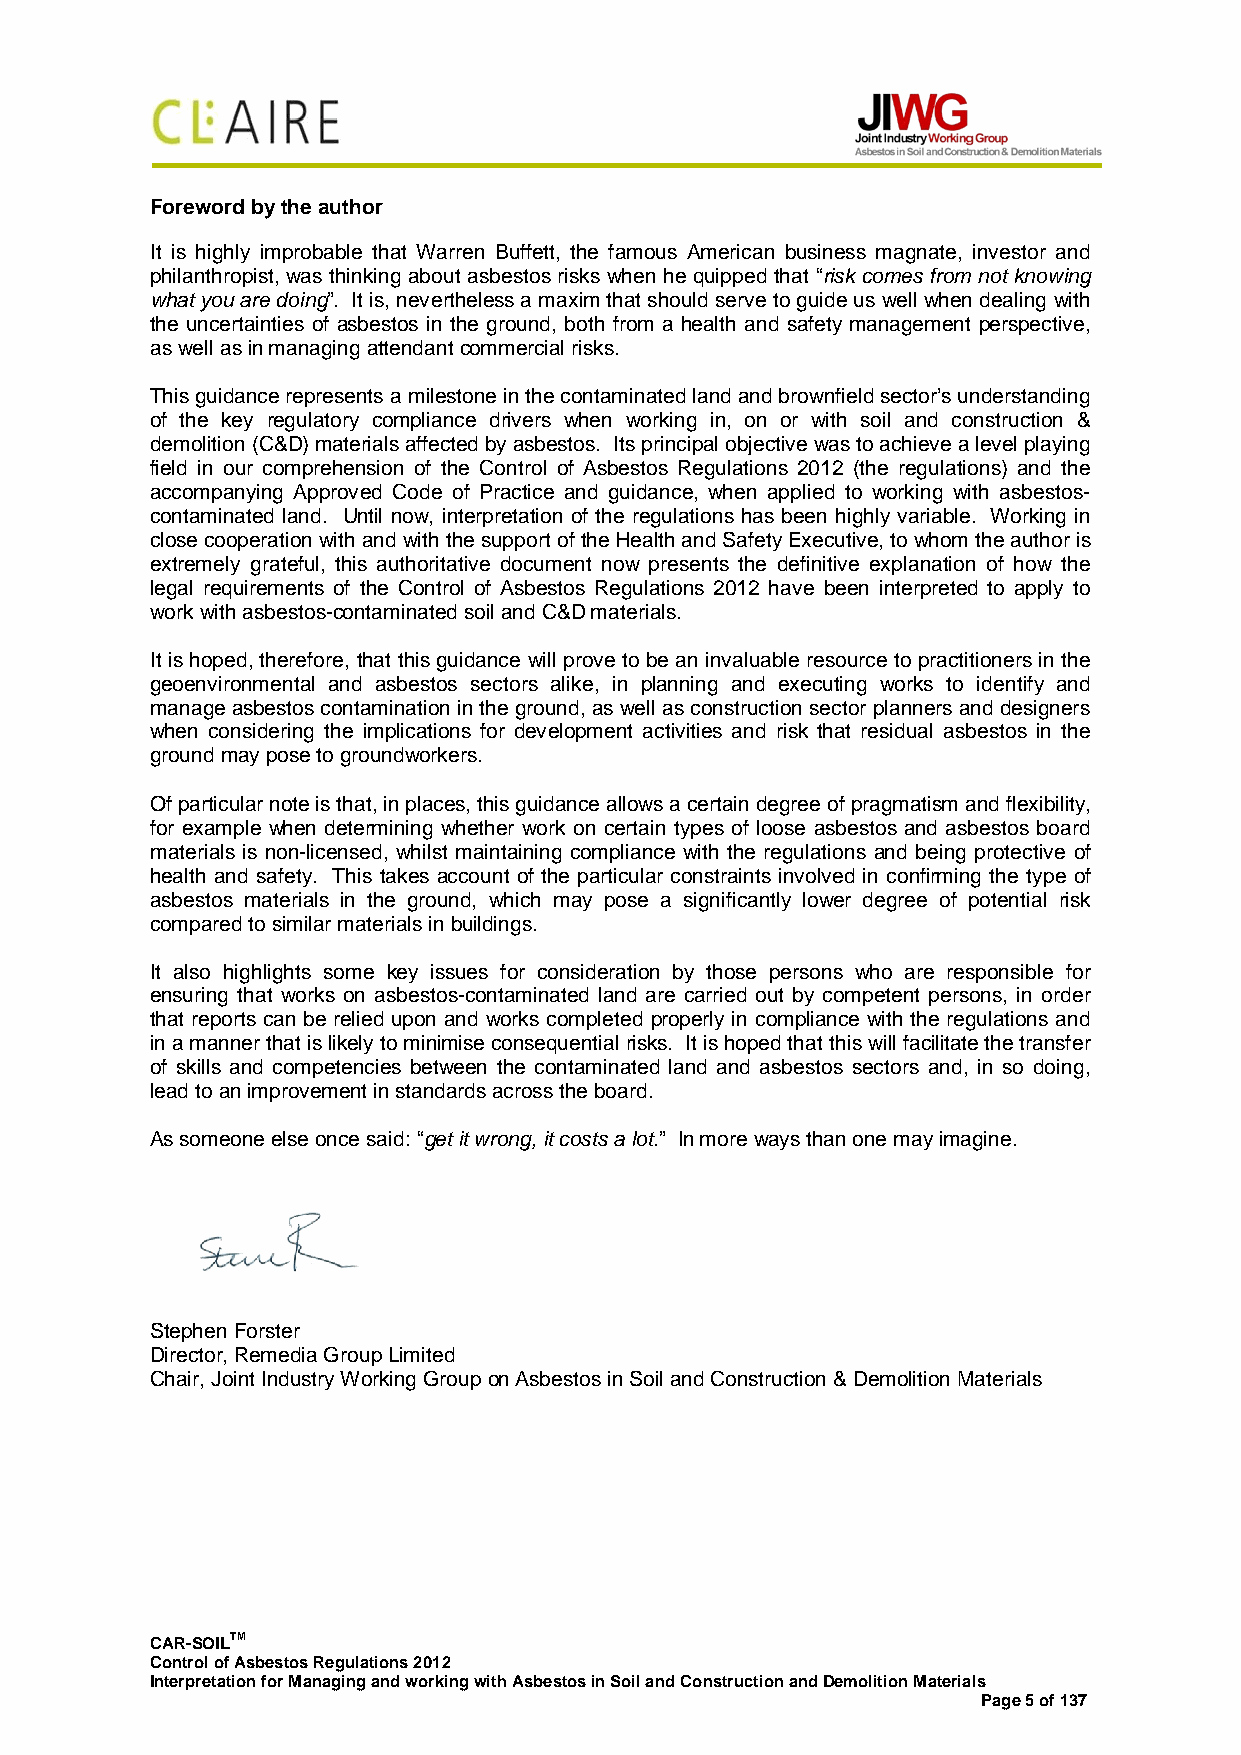
Foreword by the author
 It is highly improbable that Warren Buffett, the famous American business magnate, investor and
 philanthropist, was thinking about asbestos risks when he quipped that “risk comes from not knowing
 what you are doing”. It is, nevertheless a maxim that should serve to guide us well when dealing with
 the uncertainties of asbestos in the ground, both from a health and safety management perspective,
 as well as in managing attendant commercial risks.
 This guidance represents a milestone in the contaminated land and brownfield sector’s understanding
 of the key regulatory compliance drivers when working in, on or with soil and construction &
 demolition (C&D) materials affected by asbestos. Its principal objective was to achieve a level playing
 field in our comprehension of the Control of Asbestos Regulations 2012 (the regulations) and the
 accompanying Approved Code of Practice and guidance, when applied to working with asbestos-
 contaminated land. Until now, interpretation of the regulations has been highly variable. Working in
 close cooperation with and with the support of the Health and Safety Executive, to whom the author is
 extremely grateful, this authoritative document now presents the definitive explanation of how the
 legal requirements of the Control of Asbestos Regulations 2012 have been interpreted to apply to
 work with asbestos-contaminated soil and C&D materials.
 It is hoped, therefore, that this guidance will prove to be an invaluable resource to practitioners in the
 geoenvironmental and asbestos sectors alike, in planning and executing works to identify and
 manage asbestos contamination in the ground, as well as construction sector planners and designers
 when considering the implications for development activities and risk that residual asbestos in the
 ground may pose to groundworkers.
 Of particular note is that, in places, this guidance allows a certain degree of pragmatism and flexibility,
 for example when determining whether work on certain types of loose asbestos and asbestos board
 materials is non-licensed, whilst maintaining compliance with the regulations and being protective of
 health and safety. This takes account of the particular constraints involved in confirming the type of
 asbestos materials in the ground, which may pose a significantly lower degree of potential risk
 compared to similar materials in buildings.
 It also highlights some key issues for consideration by those persons who are responsible for
 ensuring that works on asbestos-contaminated land are carried out by competent persons, in order
 that reports can be relied upon and works completed properly in compliance with the regulations and
 in a manner that is likely to minimise consequential risks. It is hoped that this will facilitate the transfer
 of skills and competencies between the contaminated land and asbestos sectors and, in so doing,
 lead to an improvement in standards across the board.
 As someone else once said: “get it wrong, it costs a lot.” In more ways than one may imagine.
 Stephen Forster
 Director, Remedia Group Limited
 Chair, Joint Industry Working Group on Asbestos in Soil and Construction & Demolition Materials
 CAR-SOILTM
 Control of Asbestos Regulations 2012
 Interpretation for Managing and working with Asbestos in Soil and Construction and Demolition Materials
 Page 5 of 137